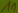
Text: 1n